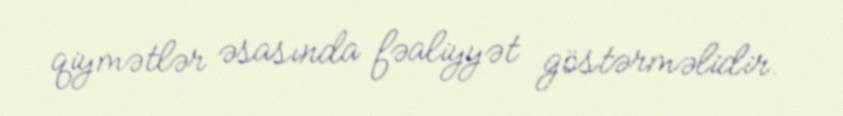
qiymətlər əsasında fəaliyyət göstərməlidir.